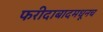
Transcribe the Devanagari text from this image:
फरीदाबादमधूनच